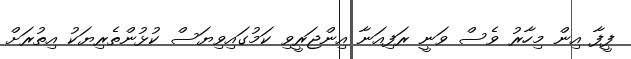
ފީފާ އިން މިހާރު ވެސް ވަނީ ރަފިއަނާ އިންޖަރީވި ކަމުގައިވިޔަސް ކުޅުންތެރިޔަކު އިތުރަށް